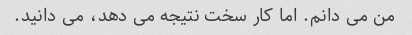
من می دانم. اما کار سخت نتیجه می دهد، می دانید.